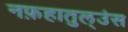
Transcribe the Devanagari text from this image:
नफ़हातुल्उंस